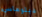
دبلوماسي